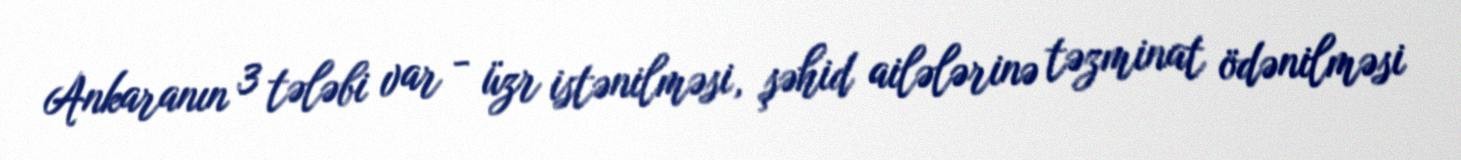
Ankaranın 3 tələbi var - üzr istənilməsi, şəhid ailələrinə təzminat ödənilməsi